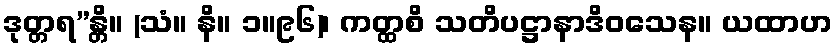
ဒုတ္တရ”န္တိ။ (သံ။ နိ။ ၁။၉၆)၊ ကတ္ထစိ သတိပဋ္ဌာနာဒိဝသေန။ ယထာဟ